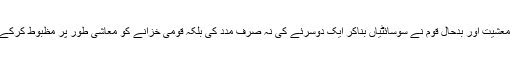
جاپان کی تباہ شدہ معشیت اور بدحال قوم نے سوسائٹیاں بناکر ایک دوسرئے کی نہ صرف مدد کی بلکہ قومی خزانے کو معاشی طور پر مظبوط کرکے دنیا کو دیکھا دیا۔